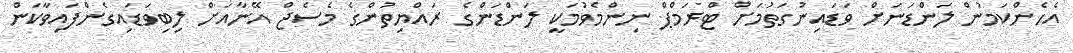
އެހެންކަމުން ލަންޑަނަށް ވަޑައިނުގަތުމަށް ޓްރަމްޕް ނިންމެވުމަކީ ލަންޑަންގެ ރައްޔިތުންގެ މެސެޖް އޭނާއަށް ލިބިވަޑައިގެންފައިވާކަން